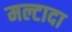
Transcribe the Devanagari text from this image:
मल्टादा